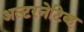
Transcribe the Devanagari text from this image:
अल्टरनेटिव्ह